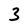
Character: 3